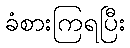
ခံစားကြရပြီး